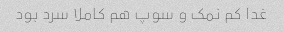
غدا کم نمک و سوپ هم کاملا سرد بود